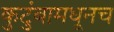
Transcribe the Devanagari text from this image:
कुटुंबामधूनच